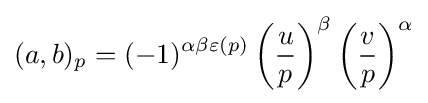
(a,b)_{p}=(-1)^{\alpha \beta \varepsilon (p)}\left({\frac {u}{p}}\right)^{\beta }\left({\frac {v}{p}}\right)^{\alpha }